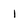
Character: 1